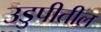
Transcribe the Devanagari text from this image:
उडुपीतील